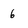
Character: 6